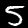
Label: 5